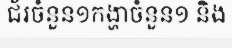
ជ័រចំនួន១កង្ហាចំនួន១ និង